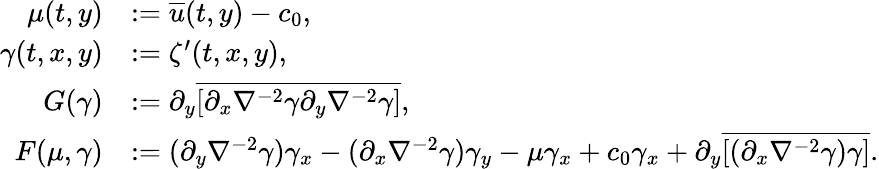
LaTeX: \begin{array}{rl}{\mu(t,y)}&{:=\overline{{u}}(t,y)-c_{0},}\\ {\gamma(t,x,y)}&{:=\zeta^{\prime}(t,x,y),}\\ {G(\gamma)}&{:=\partial_{y}\overline{{[\partial_{x}\nabla^{-2}\gamma\partial_{y}\nabla^{-2}\gamma]}},}\\ {F(\mu,\gamma)}&{:=(\partial_{y}\nabla^{-2}\gamma)\gamma_{x}-(\partial_{x}\nabla^{-2}\gamma)\gamma_{y}-\mu\gamma_{x}+c_{0}\gamma_{x}+\partial_{y}\overline{{[(\partial_{x}\nabla^{-2}\gamma)\gamma]}}.}\end{array}